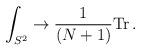
LaTeX: \begin{align*}\int_{S^2} \to {1\over (N+1)} {\rm Tr}\, .\end{align*}